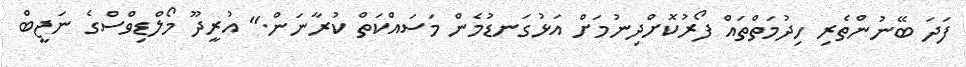
ފަދަ ބޭނުންތެރި ހިދުމަތްތައް ފޯރުކޮށްދިނުމަށް އަޅުގަނޑުމެން މަސައްކަތް ކުރާނަން." އުރީދޫ މޯލްޑިވްސްގެ ނަޖީބް